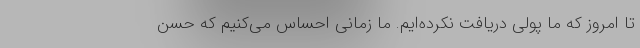
تا امروز که ما پولی دریافت نکرده‌ایم. ما زمانی احساس می‌کنیم که حسن